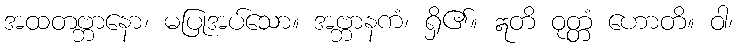
အထတဗ္ဘာနော၊ မပြုအပ်သော။ အဗ္ဘာနကံ၊ ရှိ၏။ ဣတိ ဝုတ္တံ ဟောတိ။ ဝါ၊